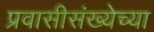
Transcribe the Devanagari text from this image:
प्रवासीसंख्येच्या